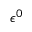
\epsilon ^ { 0 }